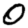
Digit: 0